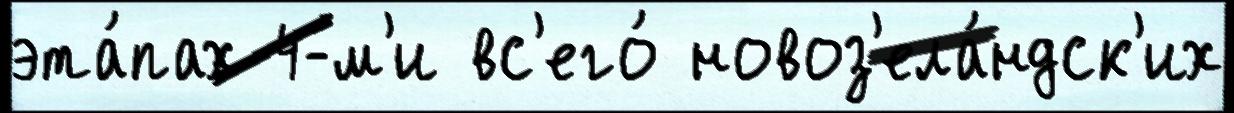
эта́пах 4-м'и вс'его́ новоз'ела́ндск'их